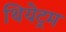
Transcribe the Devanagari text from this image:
थियेट्रम